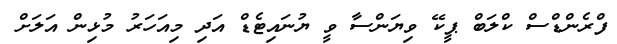
ފްރެންޑްސް ކްލަބް ޕީކޭ ވިޔަންސާ ވީ ޔުނައިޓެޑް އަދި މިއަހަރު މުޅިން އަލަށް